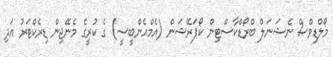
މޯލްޑިވްސް ނެޝަނަލް ބްރޯޑްކާސްޓިން ކޯޕަރޭޝަން (އެމްއެންބީސީ) ގެ ކުރީގެ މެނޭޖިން ޑިރެކްޓަރު އަދި